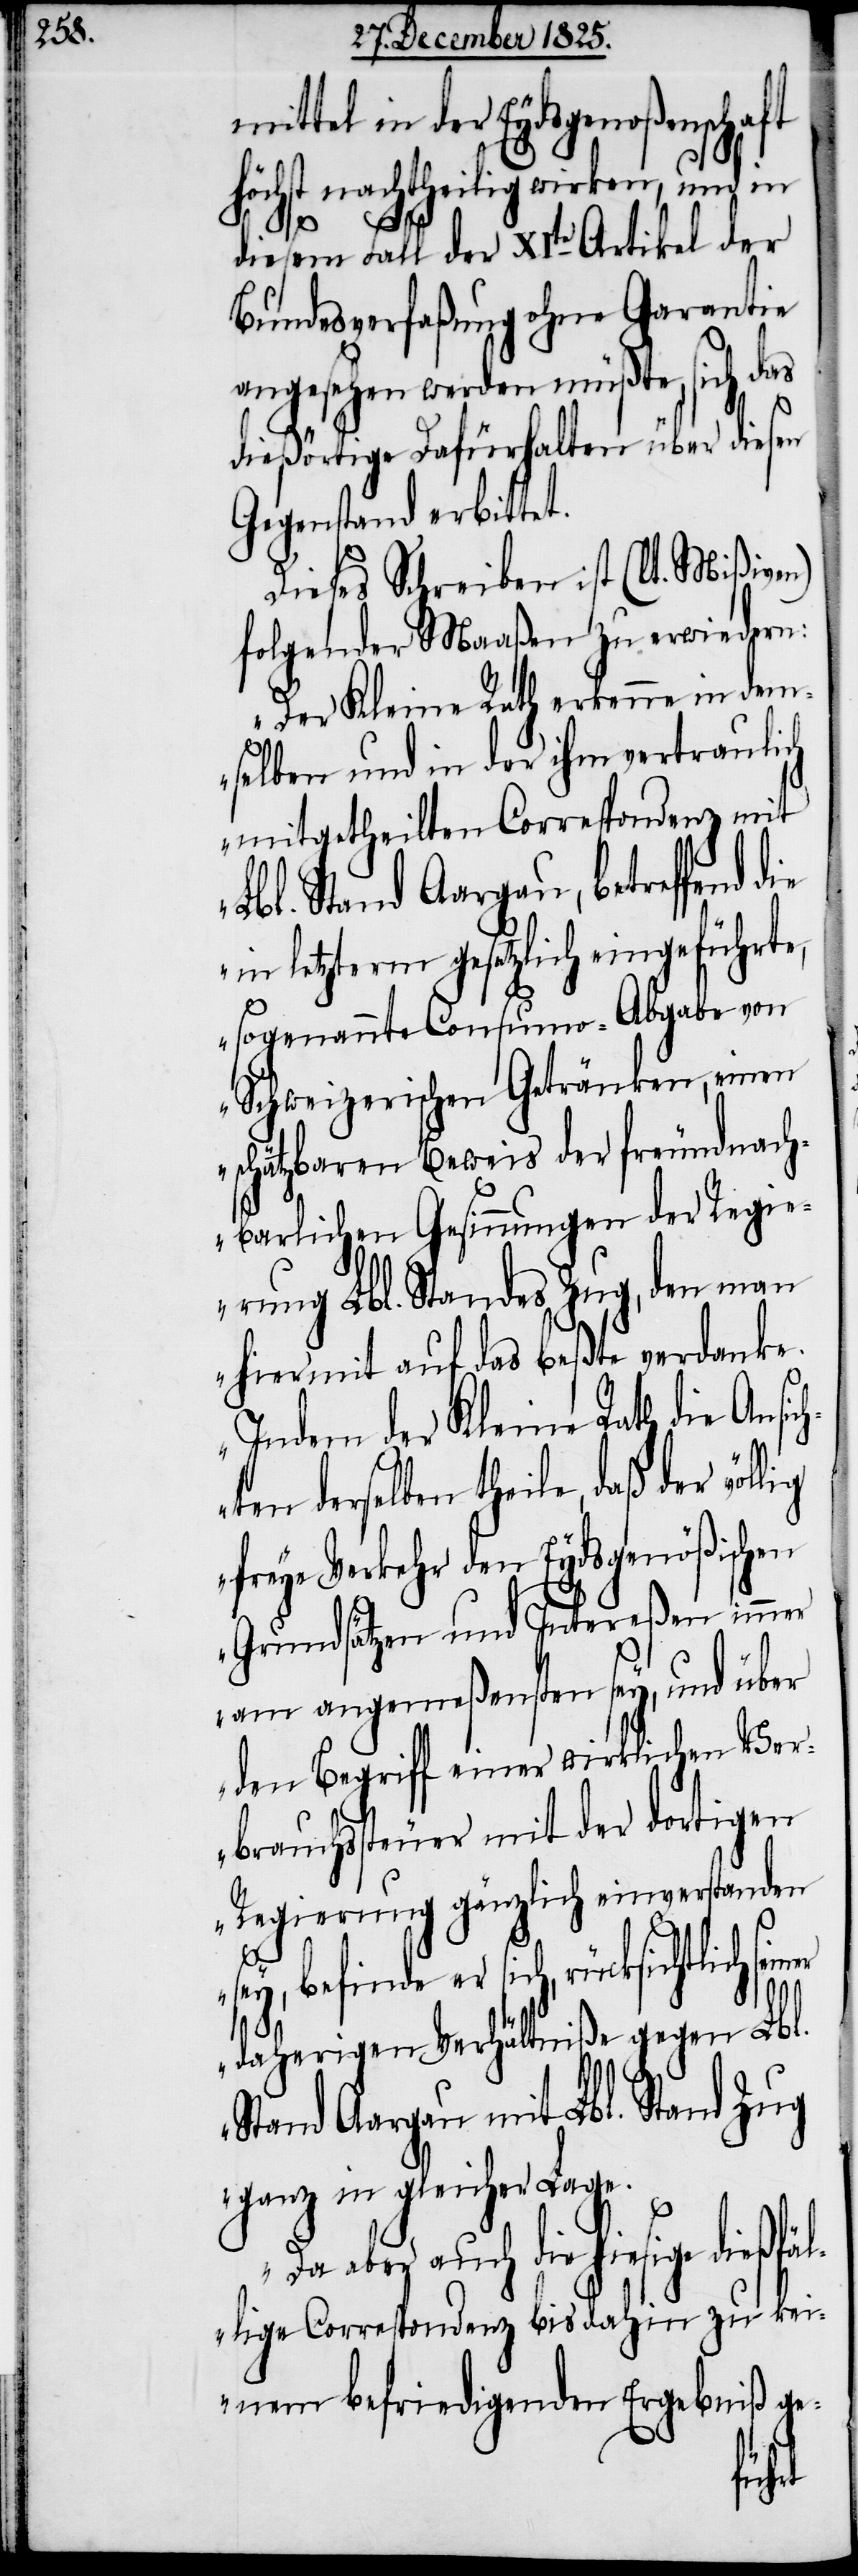
mittel in der Eydsgenoßenschaft
höchst nachtheilig wirken, und in
diesem Fall der XIte Artikel der
Bundesverfaßung ohne Garantie
angesehen werden müßte, sich das
dießörtige Dafürhalten über diesen
Gegenstand erbittet.
Dieses Schreiben ist (lt. Mißiven)
folgender Maaßen zu erwiedern:
„Der Kleine Rath erkenne in dem¬
selben und in der ihm vertraulich
mitgetheilten Correspondenz mit
Lbl. Stand Aargau, betreffend die
in letzterm gesetzlich eingeführte,
sogenannte Consumo-Abgabe von
Schweizerischen Getränken, einen
schätzbaren Beweis der freundnach¬
barlichen Gesinnungen der Regie¬
rung Lbl. Standes Zug, den man
hiermit auf das beßte verdanke.
Indem der Kleine Rath die Ansic¬
hten derselben theile, daß der völlig
freye Verkehr den Eydsgenößischen
Grundsätzen und Intereßen immer
am angemeßensten sey, und über
den Begriff einer wirklichen Ver¬
brauchssteuer mit der dortigen
Regierung gänzlich einverstanden
sey, befinde er sich, rücksichtlich
daherigen Verhältniße gegen Lbl.
Stand Aargau mit Lbl. Stand Zug
ganz in gleicher Lage.
auch die hiesige dießfä¬
llige Correspondenz bis dahin zu kei¬
nem befriedigenden Ergebniß ge-